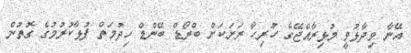
އޭނާ ވިދާޅުވީ މުޅިރާއްޖޭގެ ހުރިހާ ރަށަކަށް ބްރޯޑް ބޭންޑް ހިދުމަތް ފުޅާކުރުމުގެ ގޮތުން